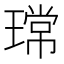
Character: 瑺